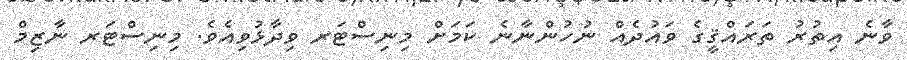
ވާނެ އިތުރު ތަރައްޤީގެ ވައުދެއް ނުހުންނާނެ ކަމަށް މިނިސްޓަރ ވިދާޅުވިއެވެ. މިނިސްޓަރ ނާޒިމް